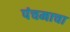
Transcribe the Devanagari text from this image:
पंचमाचा